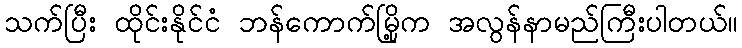
သက်ပြီး ထိုင်းနိုင်ငံ ဘန်ကောက်မြို့က အလွန်နာမည်ကြီးပါတယ်။